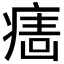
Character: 𱱙